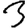
Digit: 3